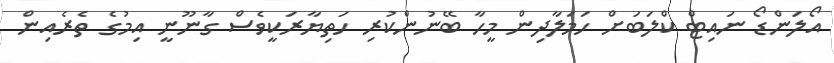
އޯލަންޑޯ ނައިޓް ކްލަބަށް ހަމަލާދިން މީހާ ބޭނުންކުރި ހަތިޔާރަކީވެސް ގާނޫނީ އިމުގެ ތެރެއިން